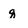
Character: q